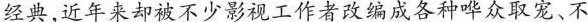
经典,近年来却被不少影视工作者改编成各种哗众取宠、不